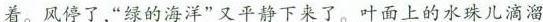
着。风停了，”绿的海洋”又平静下来了。叶面上的水珠儿滴溜